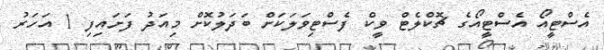
އެސްޓީއޯ އެސްޓީއޯގެ ޗޮކްލެޓް ވީކް ފެސްޓިވަލަކަށް ބަދަލުކޮށް މިއަދު ފަށައިފި 1 އަހަރު